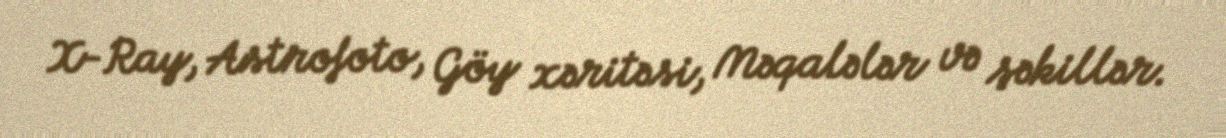
X-Ray, Astrofoto, Göy xəritəsi, Məqalələr və şəkillər.